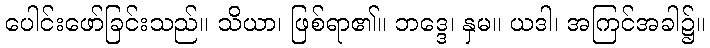
ပေါင်းဖော်ခြင်းသည်။ သိယာ၊ ဖြစ်ရာ၏။ ဘဒ္ဒေ၊ နှမ။ ယဒါ၊ အကြင်အခါ၌။